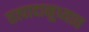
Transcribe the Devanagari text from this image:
तत्पादानुध्यात